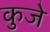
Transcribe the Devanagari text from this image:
कुजे